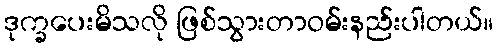
ဒုက္ခပေးမိသလို ဖြစ်သွားတာဝမ်းနည်းပါတယ်။